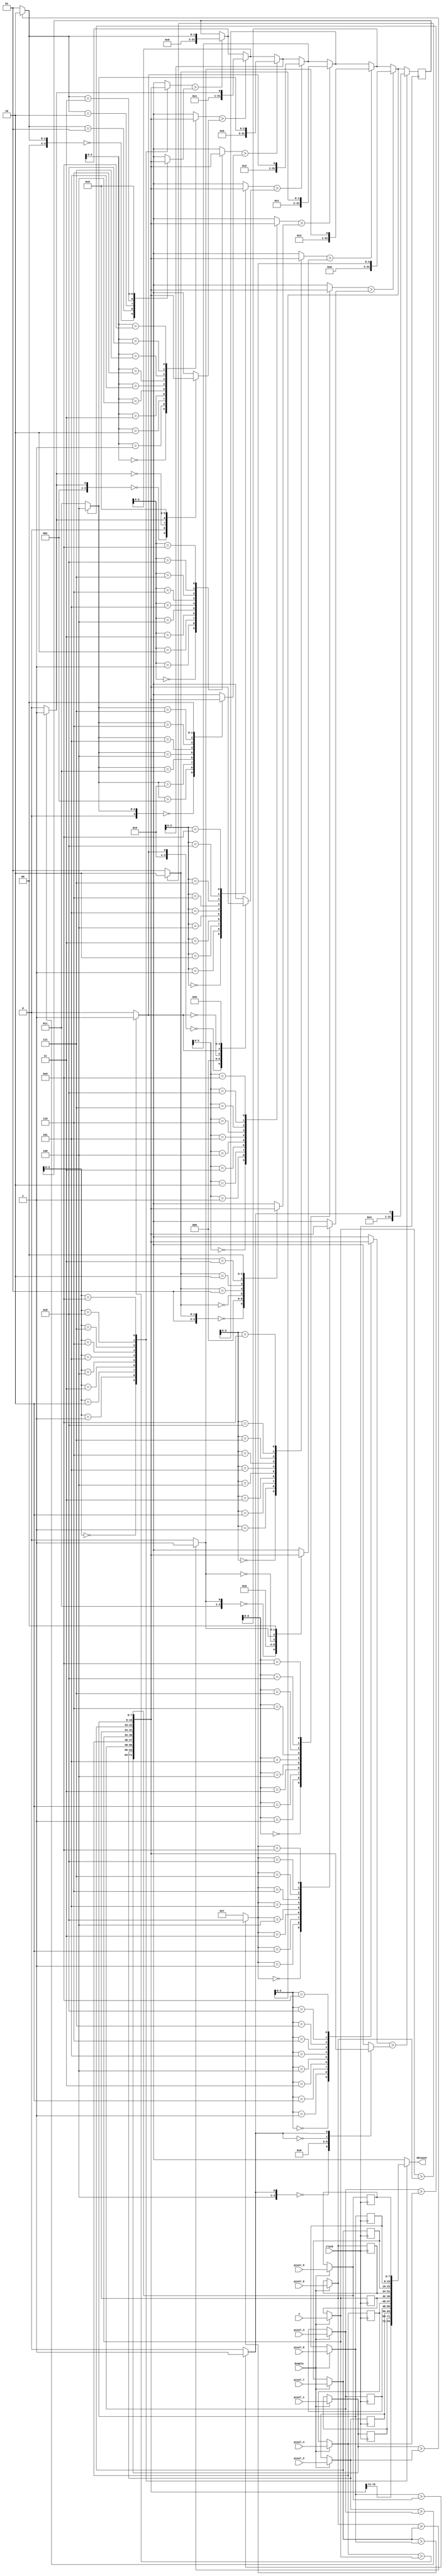
`timescale 1ns / 1ps
//////////////////////////////////////////////////////////////////////////////////
// Company: 
// Engineer: 
// 
// Design Name: 
// Module Name: MIN9
// Project Name: 
// Target Devices: 
// Tool Versions: 
// Description: 
// 
// Dependencies: 
// 
// Revision:
// Revision 0.01 - File Created
// Additional Comments:
// 
//////////////////////////////////////////////////////////////////////////////////


module MIN9(clock,Enable, pixel_1, pixel_2, pixel_3, pixel_4,x, pixel_6, pixel_7, pixel_8, pixel_9, dataout) ;
input clock;
input Enable;
input [7:0] pixel_1, pixel_2, pixel_3, pixel_4, x, pixel_6, pixel_7, pixel_8, pixel_9;
output [7:0] dataout ;
reg [7:0] pixel_values[1:9];
integer i,ADDR,temp=1;
always @(posedge clock) begin
if (Enable) begin
pixel_values[1]= pixel_1;
pixel_values[2]= pixel_2;
pixel_values[3]= pixel_3;
pixel_values[4]= pixel_4;
pixel_values[5]= x;
pixel_values[6]= pixel_6;
pixel_values[7]= pixel_7;
pixel_values[8]= pixel_8;
pixel_values[9]= pixel_9;
end
for (i = 1; i < 9; i=i+1) begin
if (pixel_values[i] > pixel_values[i+1] )
ADDR = i+1;  //integer ko reg ki tarah data assign karte hai, like reg variable
else
ADDR = i;
if (pixel_values[temp] >  pixel_values[ADDR])
temp = ADDR;
end
end
assign dataout = pixel_values[temp];
endmodule